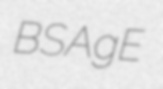
BSAgE